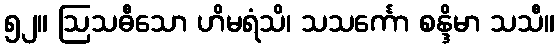
၅၂။ ဩသဓီသော ဟိမရံသိ၊ သသင်္ကော စန္ဒိမာ သသီ။